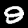
Label: 9